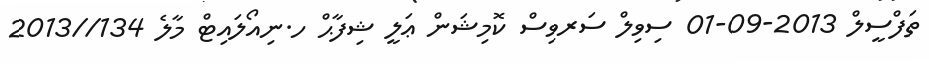
ތަފްސީލް 2013-09-01 ސިވިލް ސަރވިސް ކޮމިޝަން ޢަލީ ޝިފާޙް ހ.ނިއޯލައިޓް މާލެ 134//2013